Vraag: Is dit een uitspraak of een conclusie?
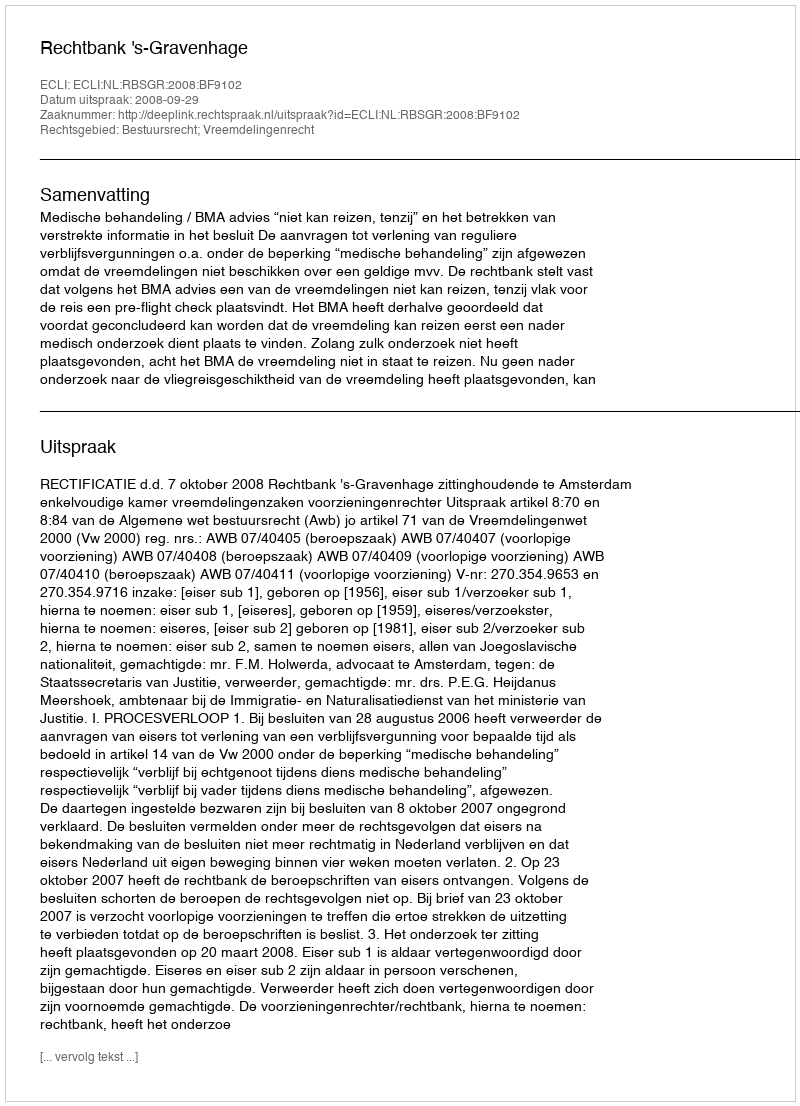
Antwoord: Uitspraak